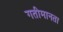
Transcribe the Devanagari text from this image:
गतीमानता